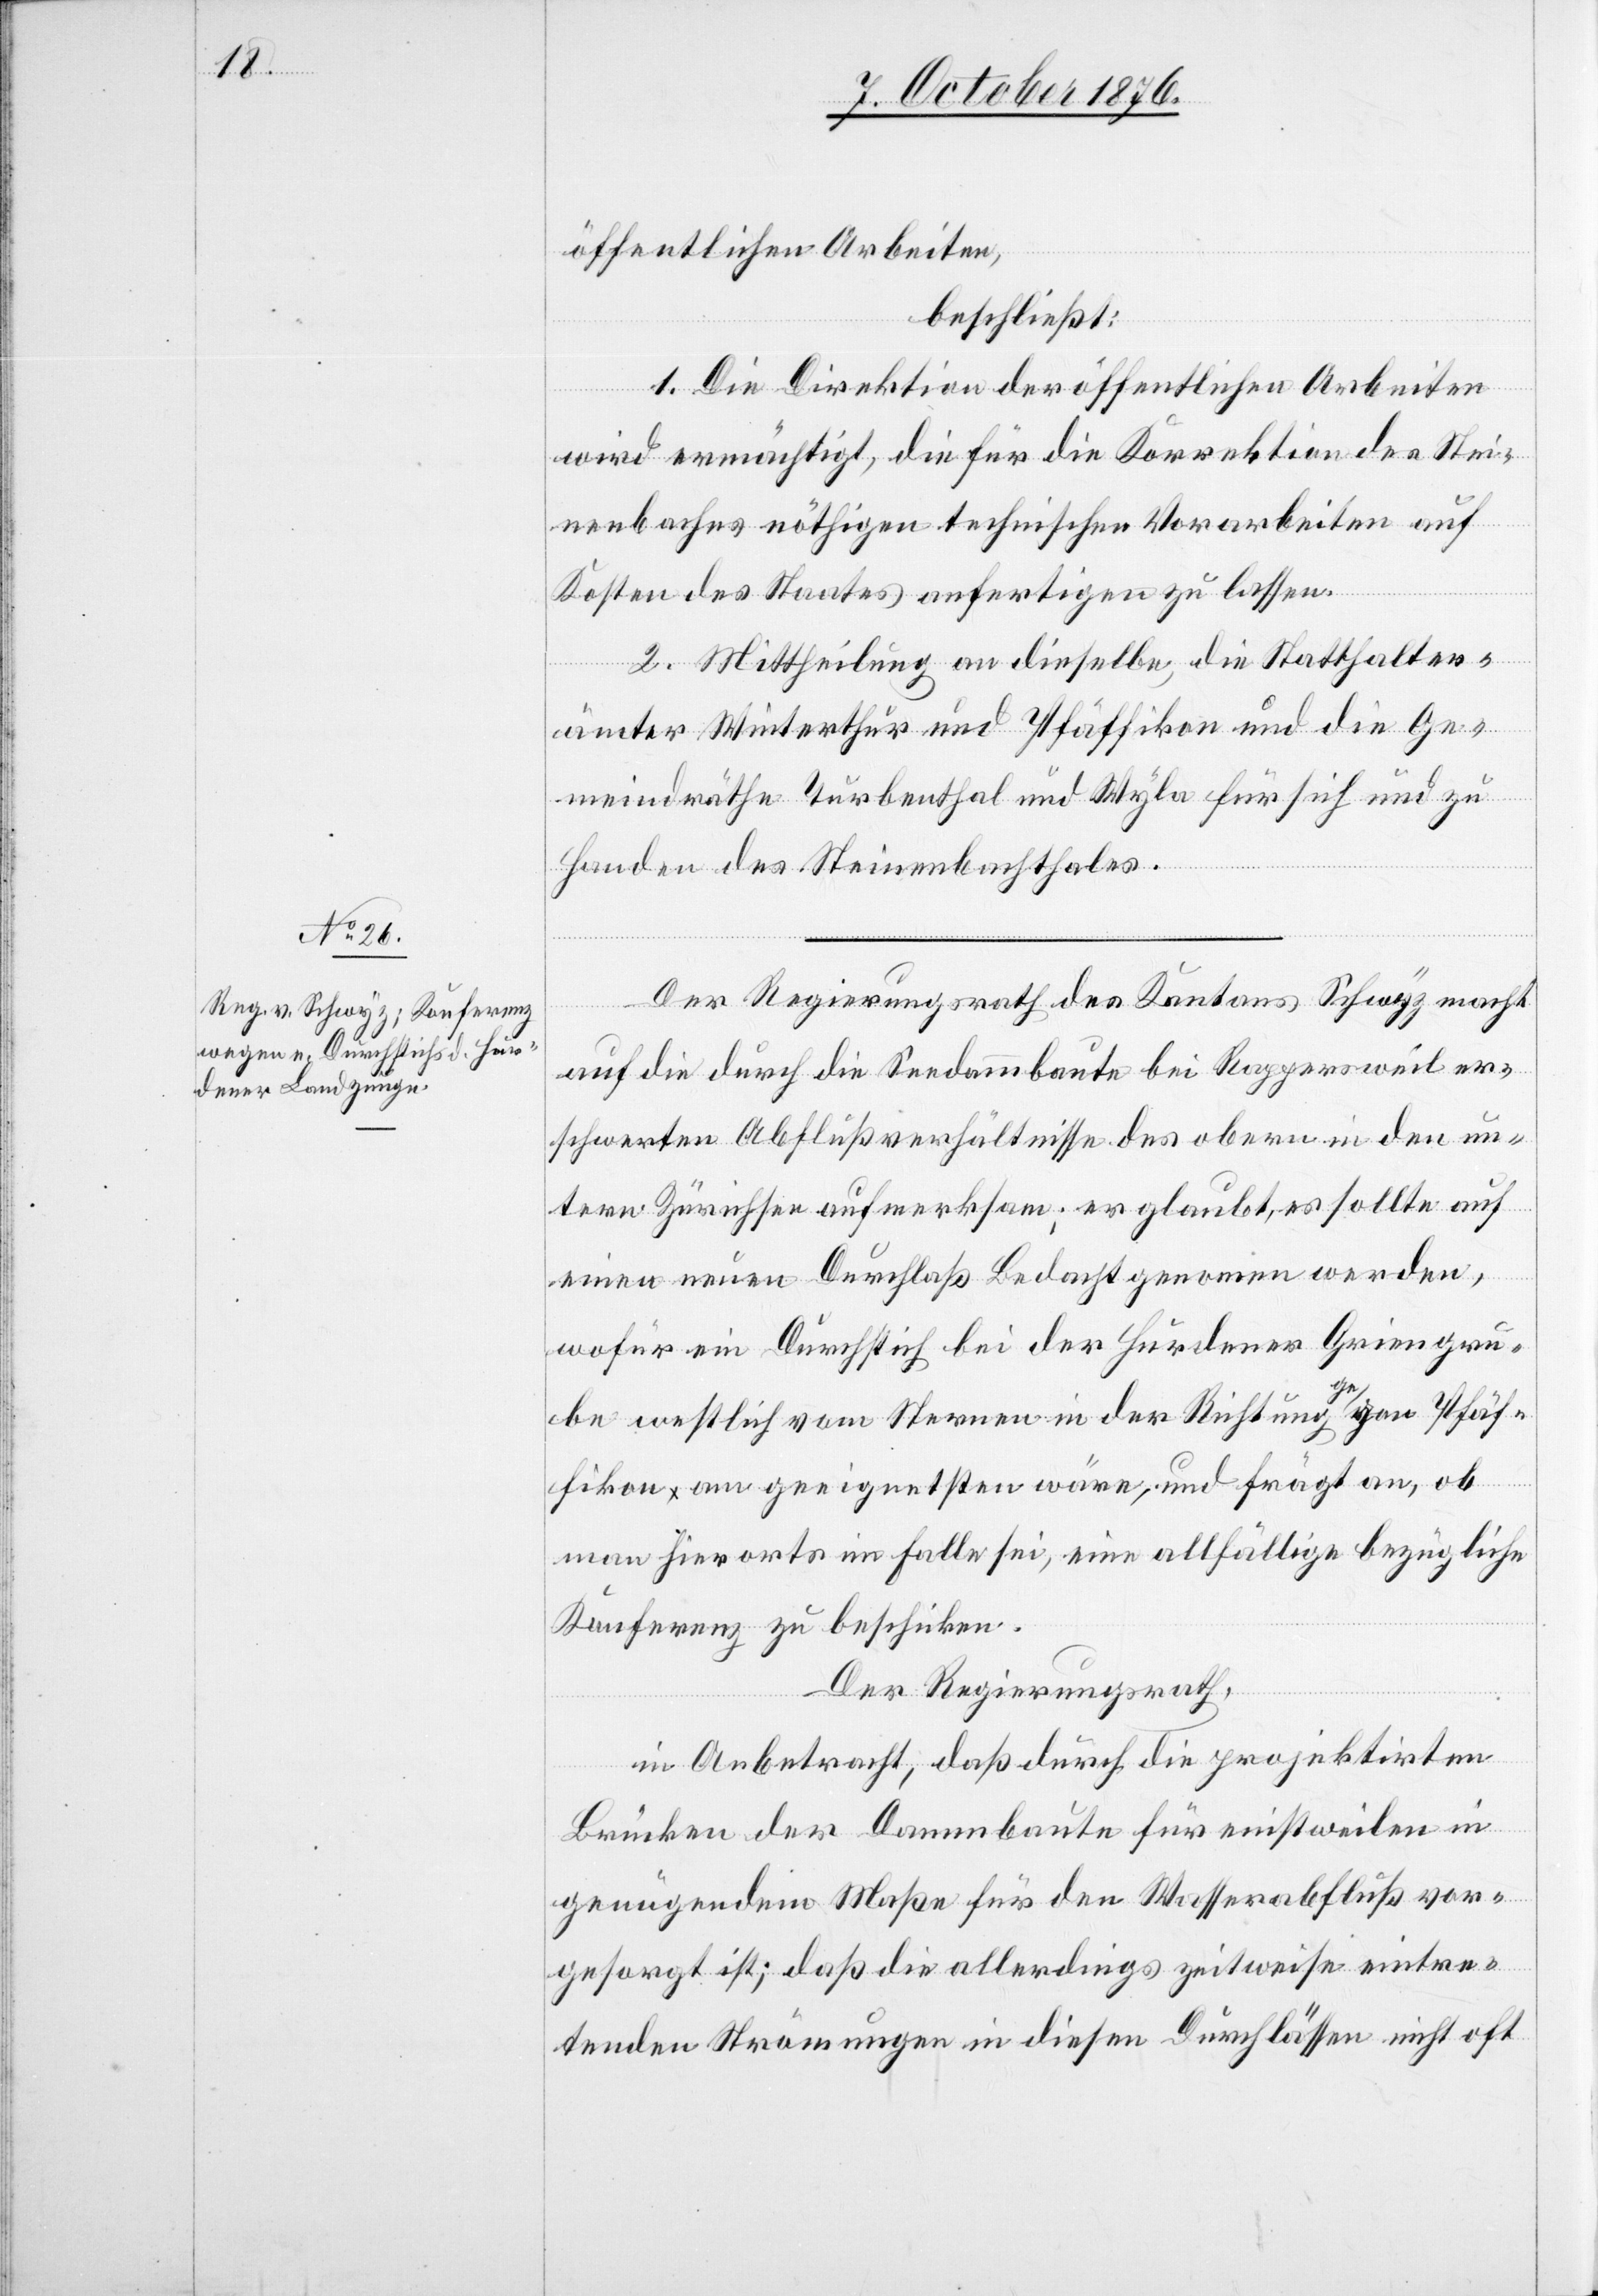
öffentlichen Arbeiten,
beschließt:
1. Die Direktion der öffentlichen Arbeiten
wird ermächtigt, die für die Korrektion des Stei¬
nenbaches nöthigen technischen Vorarbeiten auf
Kosten des Staates anfertigen zu lassen.
2. Mittheilung an dieselbe, die Statthalter¬
ämter Winterthur und Pfäffikon und die Ge¬
meindräthe Turbenthal und Wyla für sich und zu
Handen des Steinenbachthales.
Der Regierungsrath des Kantons Schwyz macht
auf die durch die Seedammbaute bei Rappersweil er¬
schwerten Abflußverhältnisse des obern in den un¬
tern Zürichsee aufmerksam; er glaubt, es sollte auf
einen neuen Durchlaß Bedacht genommen werden,
wofür ein Durchstich bei der Hurdener Griengru¬
be westlich vom Sternen in der Richtung gegen Pfäf¬
fikon am geeignetsten wäre, und frägt an, ob
man hierorts im Falle sei, eine allfällige bezügliche
Konferenz zu beschicken.
Der Regierungsrath,
in Anbetracht, daß durch die projektirten
Brücken der Dammbaute für einstweilen in
genügendem Maße für den Wasserabfluß vor¬
gesorgt ist; daß die allerdings zeitweise eintre¬
tenden Strömungen in diesen Durchlässen nicht oft